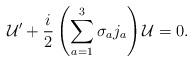
LaTeX: \begin{align*}{\cal U}^\prime+ {i\over 2}\left(\sum_{a=1}^{3}\sigma_aj_a\right){\cal U}=0.\end{align*}